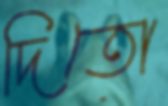
দিতো